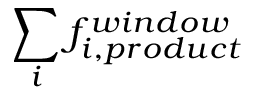
\sum _ { i } { f _ { i , p r o d u c t } ^ { w i n d o w } }